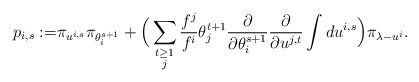
\begin{align*}p_{i,s} := &\pi_{u^{i,s}} \pi_{\theta_i^{s+1}} + \Big( \sum_{\substack{ t\geq1\\ j} } \frac{f^j}{f^i} \theta_j^{t+1} \frac{\partial }{\partial \theta_i^{s+1}} \frac{\partial }{\partial u^{j,t}} \int d u^{i,s} \Big) \pi_{\lambda -u^i} .\end{align*}